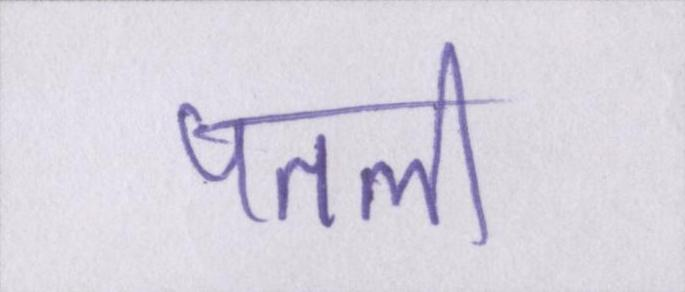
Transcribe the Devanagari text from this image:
पतली